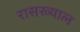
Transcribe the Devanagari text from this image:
रासख्याल